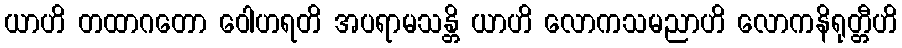
ယာဟိ တထာဂတော ဝေါဟရတိ အပရာမသန္တိ ယာဟိ လောကသမညာဟိ လောကနိရုတ္တီဟိ